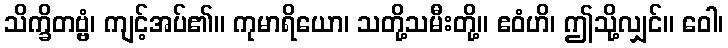
သိက္ခိတဗ္ဗံ၊ ကျင့်အပ်၏။ ကုမာရိယော၊ သတို့သမီးတို့။ ဧဝံဟိ၊ ဤသို့လျှင်။ ဝေါ၊